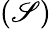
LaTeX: \left(\mathscr{S}\right)